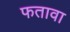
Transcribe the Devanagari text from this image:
फतावा